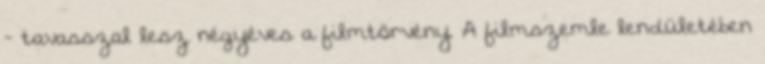
- tavasszal lesz négyéves a filmtörvény. A filmszemle lendületében